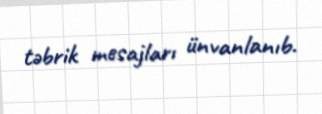
təbrik mesajları ünvanlanıb.